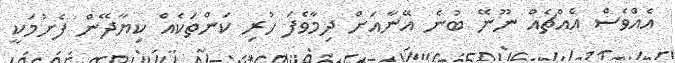
އެއްވެސް އެއްޗެއް ނޫނޭ ބުނެ އޭނާއަށް ދިމާވެފަ ހުރި ކަންތަކެއް ކިޔާދޭން ފެށުމަކީ